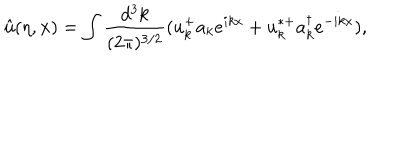
{ \hat { u } } ( \eta , { \bf x } ) = \int \frac { d ^ { 3 } k } { ( 2 \pi ) ^ { 3 / 2 } } ( u _ { k } ^ { + } a _ { k } e ^ { i k x } + u _ { k } ^ { * + } a _ { k } ^ { \dagger } e ^ { - i k x } ) ,